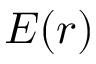
E ( r )